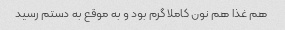
هم غذا هم نون کاملا گرم بود و به موقع به دستم رسید